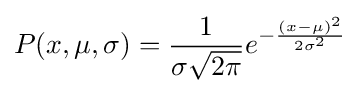
P(x,\mu ,\sigma )={\frac {1}{\sigma {\sqrt {2\pi }}}}e^{-{\frac {(x-\mu )^{2}}{2\sigma ^{2}}}}